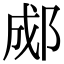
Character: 郕